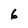
Character: 6